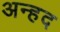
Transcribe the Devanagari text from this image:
अन्‍हद